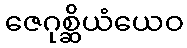
ဇေဂုစ္ဆိယံယေဝ